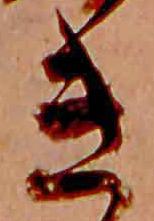
き